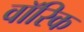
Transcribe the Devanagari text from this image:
वॉरिक